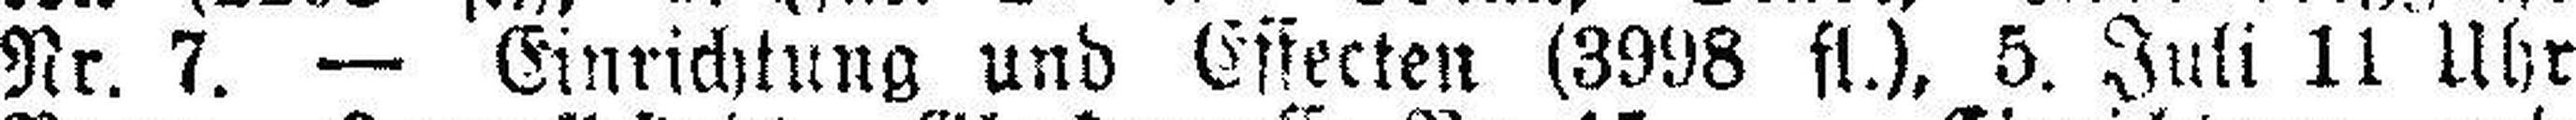
Nr. 7. — Einrichtung und Effecten (3998 fl.), 5. Juli 11 Uhr